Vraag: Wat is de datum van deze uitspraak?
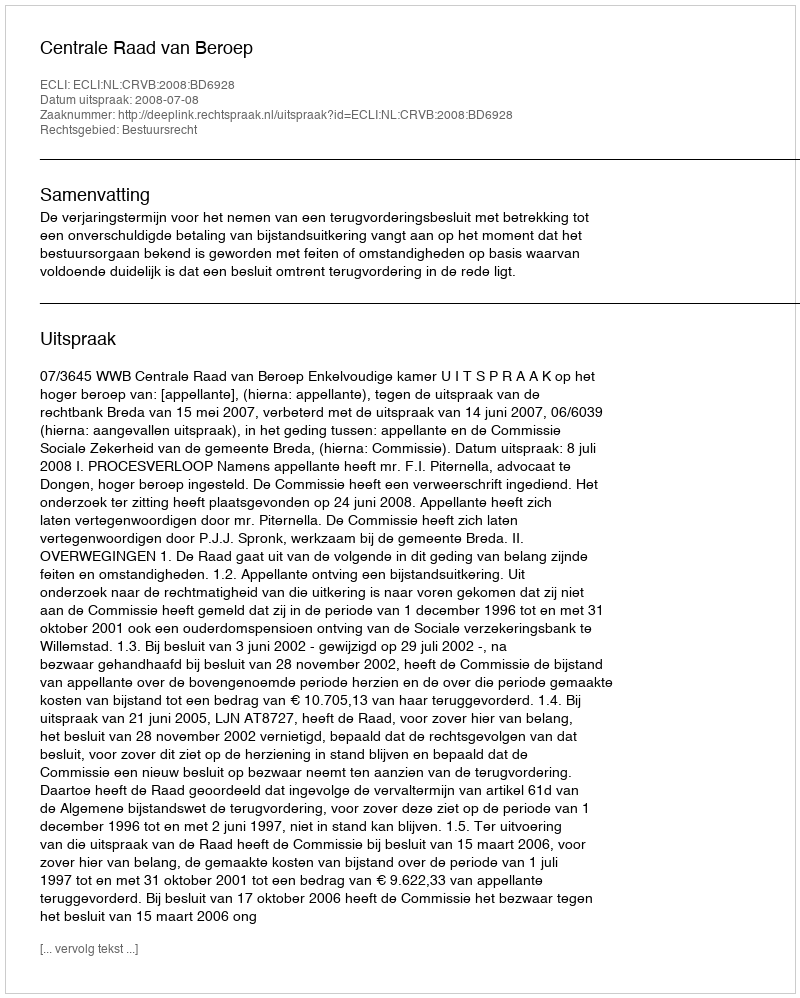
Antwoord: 2008-07-08